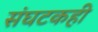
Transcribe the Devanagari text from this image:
संघटकही